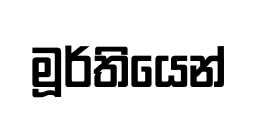
මූර්තියෙන්